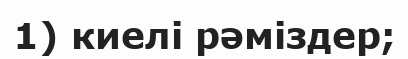
1) киелі рәміздер;